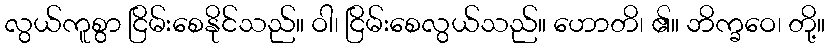
လွယ်ကူစွာ ငြိမ်းစေနိုင်သည်။ ဝါ၊ ငြိမ်းစေလွယ်သည်။ ဟောတိ၊ ၏။ ဘိက္ခဝေ၊ တို့။